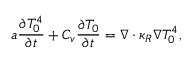
a \frac { \partial T _ { 0 } ^ { 4 } } { \partial t } + C _ { v } \frac { \partial T _ { 0 } } { \partial t } = \nabla \cdot \kappa _ { R } \nabla T _ { 0 } ^ { 4 } ,